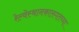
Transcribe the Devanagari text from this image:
रेल्वेस्थानकालगतच्या